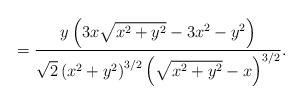
LaTeX: \begin{align*}=\frac{y\left(3x\sqrt{x^2+y^2}-3x^2-y^2\right)}{\sqrt{2}\left(x^2+y^2\right)^{3/2}\left(\sqrt{x^2+y^2}-x\right)^{3/2}}.\end{align*}